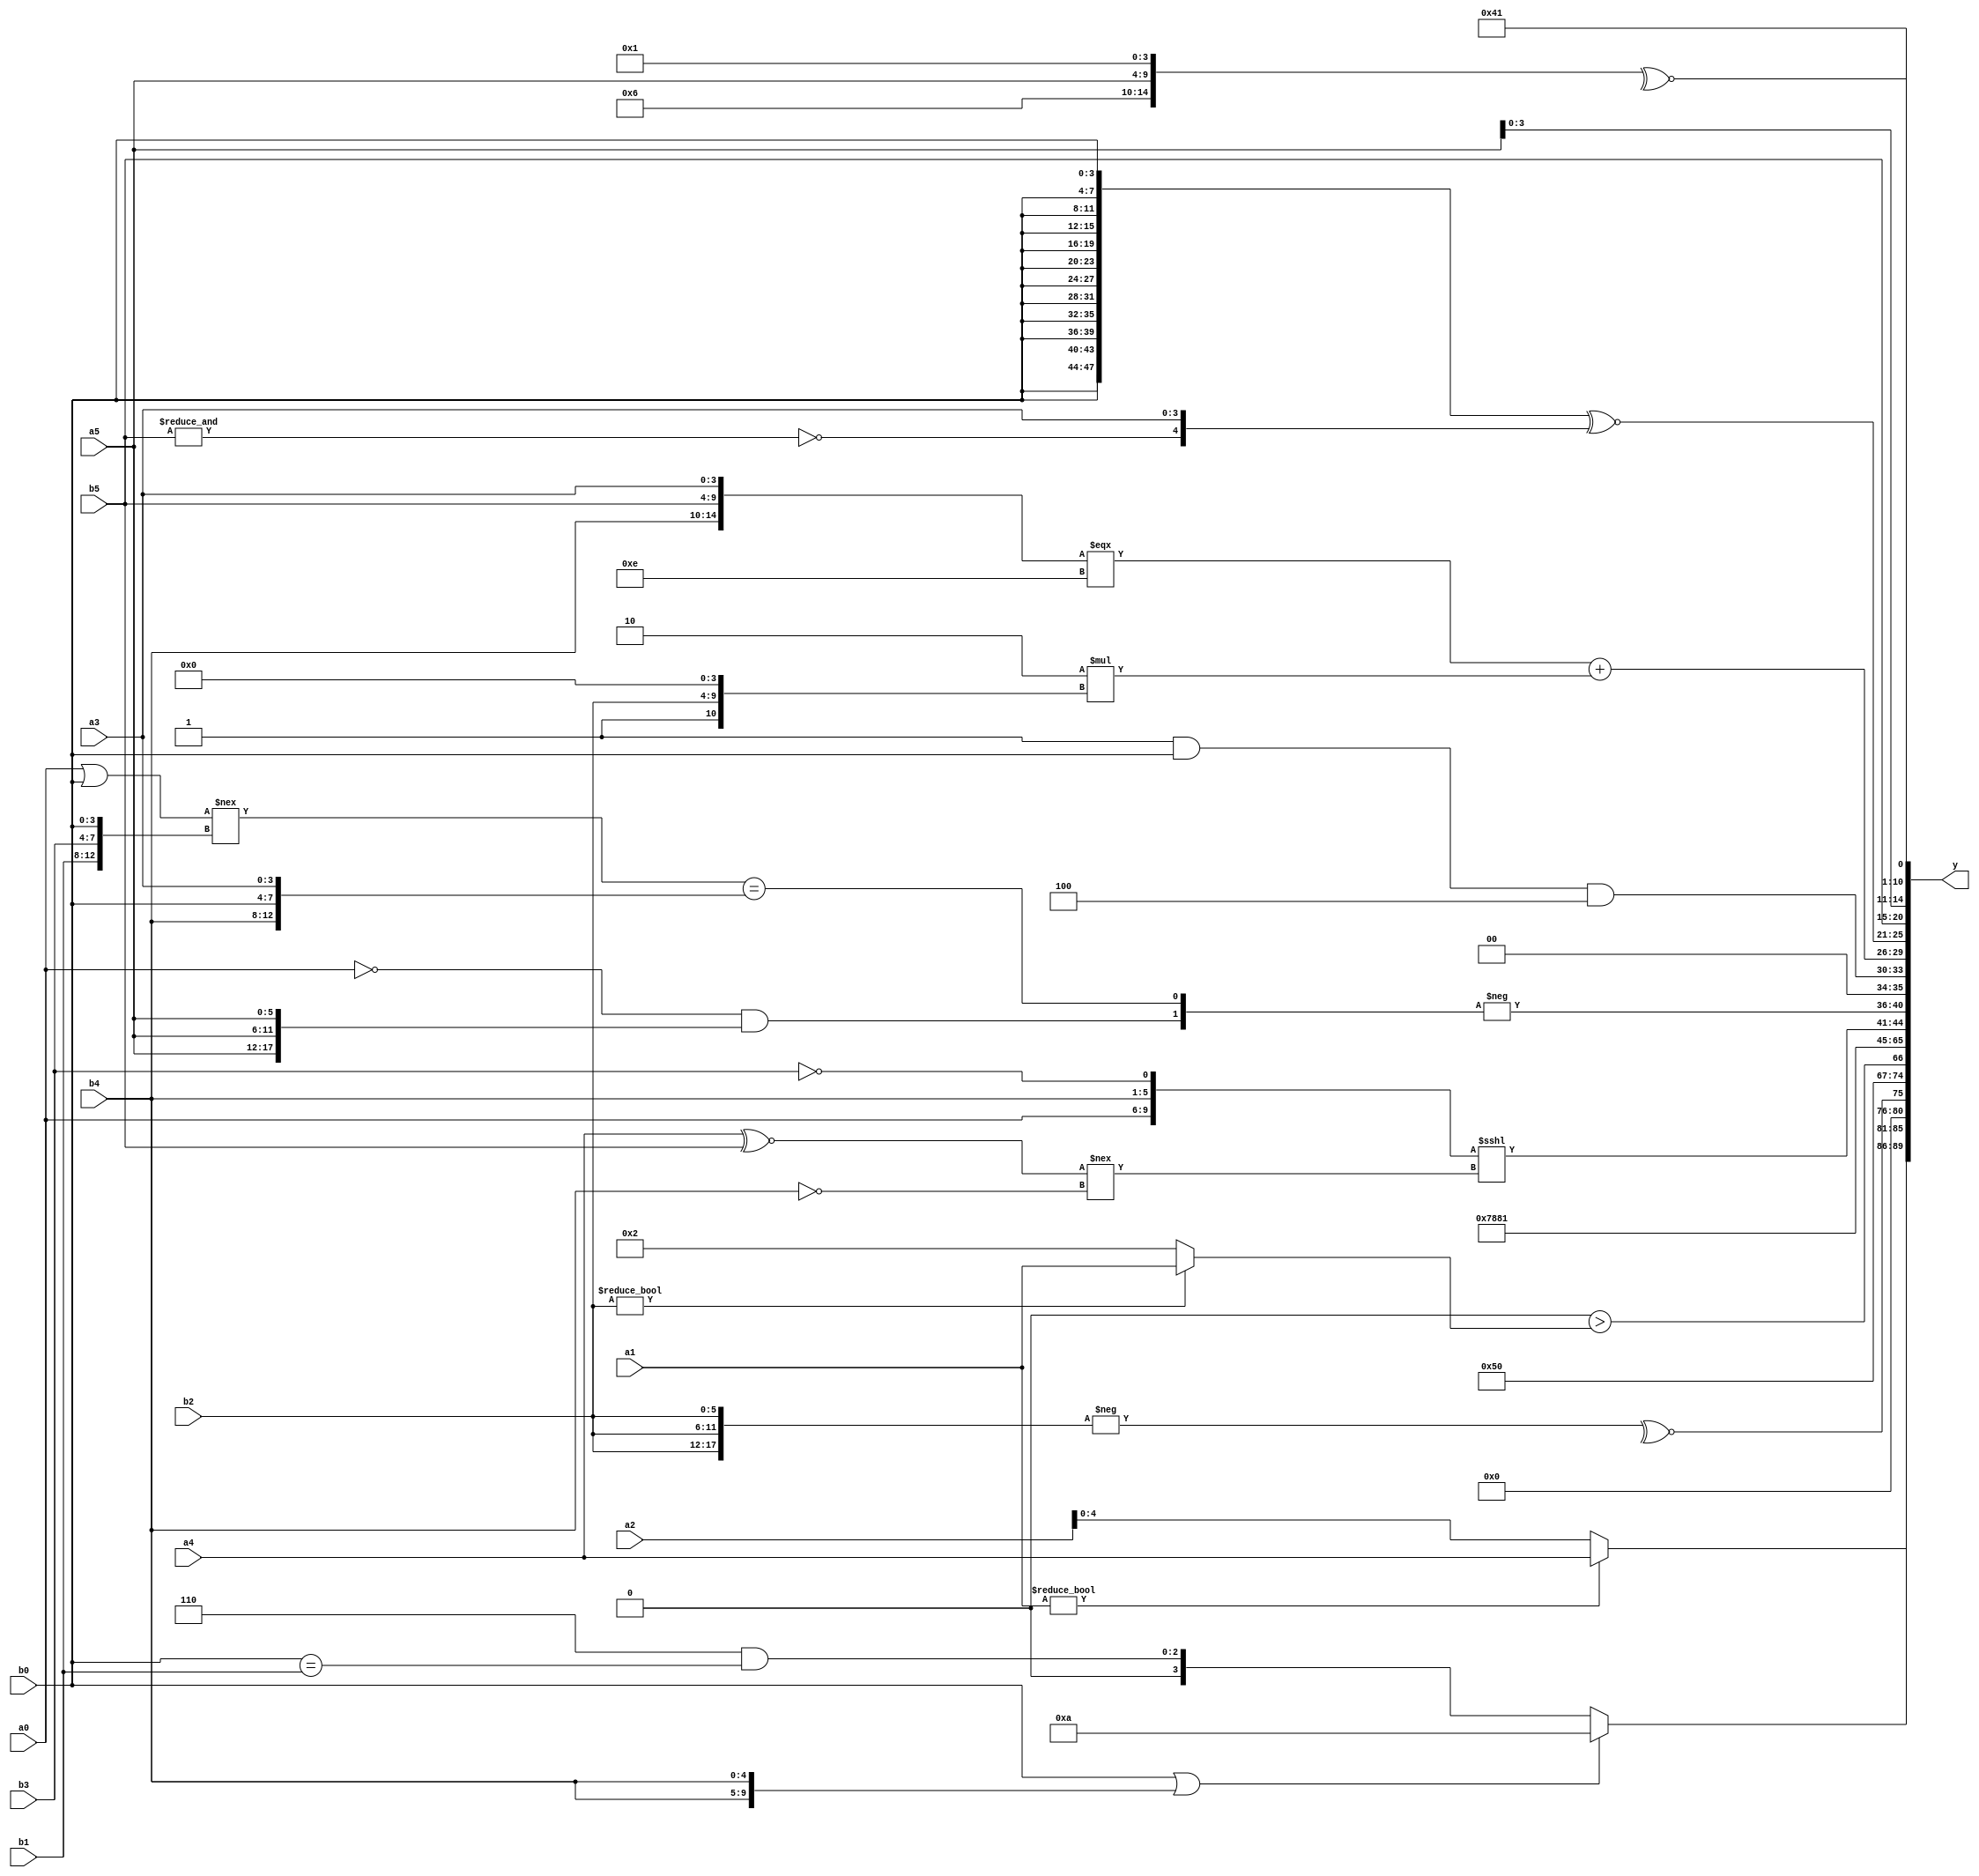
module expression_00172(a0, a1, a2, a3, a4, a5, b0, b1, b2, b3, b4, b5, y);
  input [3:0] a0;
  input [4:0] a1;
  input [5:0] a2;
  input signed [3:0] a3;
  input signed [4:0] a4;
  input signed [5:0] a5;

  input [3:0] b0;
  input [4:0] b1;
  input [5:0] b2;
  input signed [3:0] b3;
  input signed [4:0] b4;
  input signed [5:0] b5;

  wire [3:0] y0;
  wire [4:0] y1;
  wire [5:0] y2;
  wire signed [3:0] y3;
  wire signed [4:0] y4;
  wire signed [5:0] y5;
  wire [3:0] y6;
  wire [4:0] y7;
  wire [5:0] y8;
  wire signed [3:0] y9;
  wire signed [4:0] y10;
  wire signed [5:0] y11;
  wire [3:0] y12;
  wire [4:0] y13;
  wire [5:0] y14;
  wire signed [3:0] y15;
  wire signed [4:0] y16;
  wire signed [5:0] y17;

  output [89:0] y;
  assign y = {y0,y1,y2,y3,y4,y5,y6,y7,y8,y9,y10,y11,y12,y13,y14,y15,y16,y17};

  localparam [3:0] p0 = (~^{(4'sd1),(4'sd6),(5'd6)});
  localparam [4:0] p1 = {(6'd2 * (2'd0)),{(2'd3)}};
  localparam [5:0] p2 = (!(2'd2));
  localparam signed [3:0] p3 = (|(~((~&(3'd3))>>>((4'sd7)||(2'd2)))));
  localparam signed [4:0] p4 = {(((-2'sd1)!=(-2'sd0))==={3{(4'd6)}}),{4{{2{(-2'sd1)}}}}};
  localparam signed [5:0] p5 = (+(+({{(-(5'd2)),{(5'd11)}}}!=(+(4'd2 * (5'd20))))));
  localparam [3:0] p6 = (5'd2 * (3'd0));
  localparam [4:0] p7 = ((5'd21)>>(5'd8));
  localparam [5:0] p8 = ((4'sd4)>(4'd2));
  localparam signed [3:0] p9 = (|((-(~|(&(~^((3'sd1)==(5'd2))))))>>((|((5'd10)<=(2'd1)))|(&(^(5'sd15))))));
  localparam signed [4:0] p10 = {2{(4'sd6)}};
  localparam signed [5:0] p11 = (~&(3'sd2));
  localparam [3:0] p12 = (3'd0);
  localparam [4:0] p13 = ((((2'd0)?(3'd3):(3'sd2))-(~|(5'sd5)))?{1{(((3'd2)?(3'sd3):(4'd13))!=={(5'd23),(5'sd4)})}}:(&{4{(4'd11)}}));
  localparam [5:0] p14 = {{((3'sd2)==(3'sd1))},(((-5'sd3)^~(2'd1))>=((3'd3)!==(-4'sd3))),(((4'd11)>>(-5'sd4))==((-5'sd11)^~(-4'sd3)))};
  localparam signed [3:0] p15 = {(&{1{{{4{(3'd5)}}}}}),(!(~&{2{(^{(4'd6),(5'sd6),(-3'sd1)})}}))};
  localparam signed [4:0] p16 = ((4'd2 * (4'd13))>=(-5'sd9));
  localparam signed [5:0] p17 = (5'd2 * ((4'd3)<=(2'd3)));

  assign y0 = (($unsigned(b0)||{2{b4}})?(-4'sd6):((p10)&(b0==b1)));
  assign y1 = (a1?a4:a2);
  assign y2 = (&{3{(~^(-{3{b2}}))}});
  assign y3 = (3'd5);
  assign y4 = {($signed((2'sd0))>((p17)?(b2?a1:p17):(p12>=b4)))};
  assign y5 = ((p0%p13)/p11);
  assign y6 = ((p8&p2)-(~&{2{p7}}));
  assign y7 = ((~&(4'd8))<<<(+(^(2'sd1))));
  assign y8 = ((4'd11)!=(p5||p2));
  assign y9 = {({{a0},(p3?b4:b1),(!b3)}<<<$signed((^((a4^~b5)!==(!b4)))))};
  assign y10 = (-{(((p12)==(a0<<<p2))&&{3{a5}}),(((a0||b0)!=={b1,b3,b0})=={b4,b0,a3})});
  assign y11 = ({1{(p8&b0)}}&{1{$unsigned((p10-p17))}});
  assign y12 = ({({b4,b5,a3}===(4'd14))}+(4'd2 * {p13,b2,p0}));
  assign y13 = $signed(({3{{4{b0}}}}^~{(~&b5),(a3)}));
  assign y14 = {1{{2{{4{b5}}}}}};
  assign y15 = {3{(a5)}};
  assign y16 = ((p15?p5:p13)?(4'sd2):(b2==b5));
  assign y17 = {(5'd8),$signed($signed(p13)),(~^{p10,a5,p15})};
endmodule